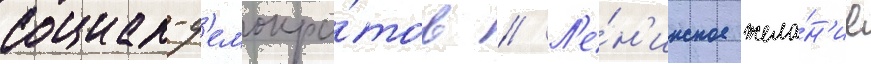
социал-д'емокра́тов // Л'е́н'инское жела́н'ие